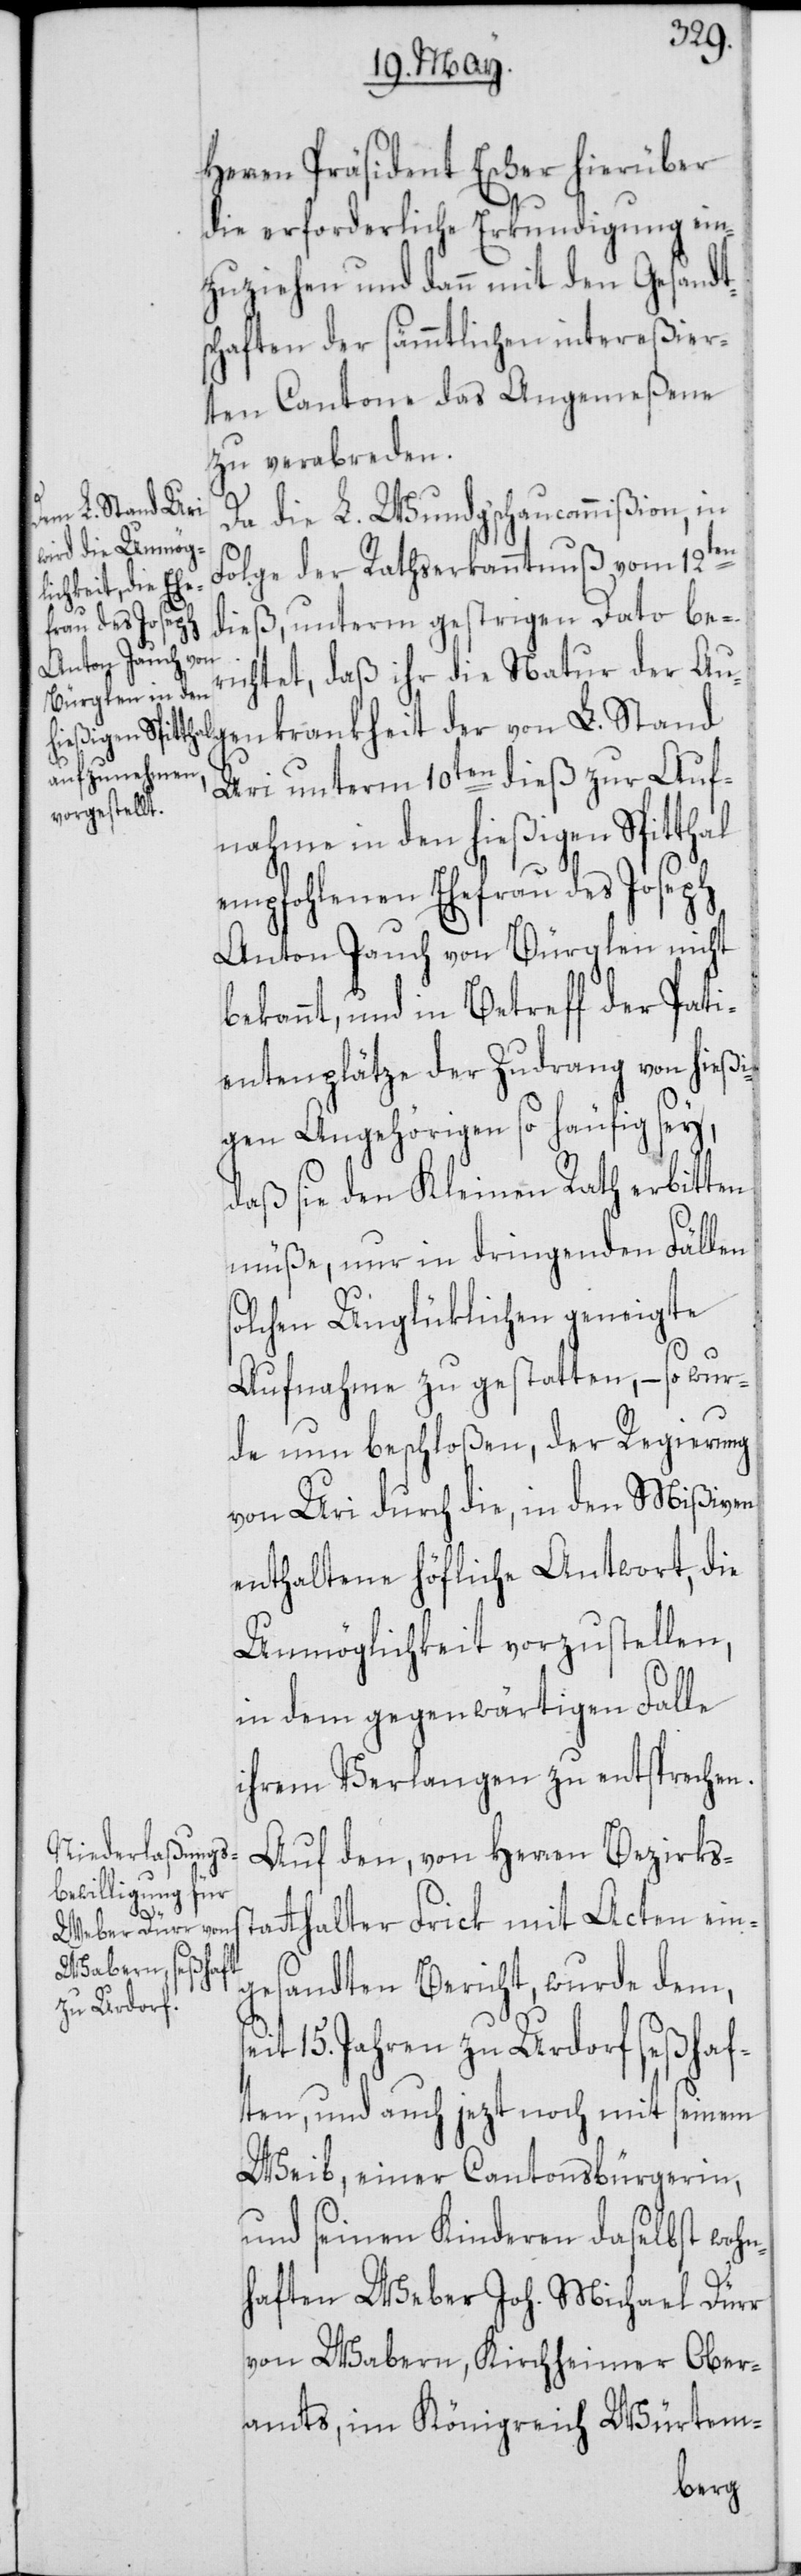
Herren Präsident Escher hierüber
die erforderliche Erkundigung ein¬
zuziehen und dann mit den Gesandt¬
schaften der sämmtlichen intereßier¬
ten Cantone das Angemeßene
zu verabreden.
Da die L. Wundg'schaucommißion, in
Folge der Rathserkanntnuß vom 12ten
dieß, unterm gestrigen Dato ber¬
ichtet, daß ihr die Natur der Au¬
genkrankheit der von L. Stand
Uri unterm 10ten dieß zur Auf¬
nahme in den hießigen Spitthal
empfohlenen Ehefrau des Joseph
Anton Jauch von Bürglen nicht
bekannt, und in Betreff der Pati¬
entenplätze der Zudrang von hießi¬
gen Angehörigen so häufig sey,
daß sie den Kleinen Rath erbitten
müße, nur in dringenden Fällen
solchen Unglüklichen geneigte
Aufnahme zu gestatten, – so wur¬
de nun beschloßen, der Regierung
von Uri durch die, in den Mißiven
enthaltene höfliche Antwort, die
Unmöglichkeit vorzustellen,
in dem gegenwärtigen Falle
ihrem Verlangen zu entsprechen.
Auf den, von Herren Bezirks¬
s¬
tthalter Frick mit Acten ein¬
gesandten Bericht, wurde dem,
eit 15. Jahren zu Urdorf seßhaf¬
ten, und auch jezt noch mit seinem
Weib, einer Cantonsbürgerin,
und seinen Kinderen daselbst wohn¬
haften Weber Joh. Michael Dürr
von Wabern, Kirchheimer Ober¬
amts, im Königreich Würtem-